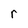
Character: r